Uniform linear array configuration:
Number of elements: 64
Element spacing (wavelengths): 1
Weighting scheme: cosine
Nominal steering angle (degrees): -60
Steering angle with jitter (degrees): -61.705
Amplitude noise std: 0.05
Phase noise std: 0.05

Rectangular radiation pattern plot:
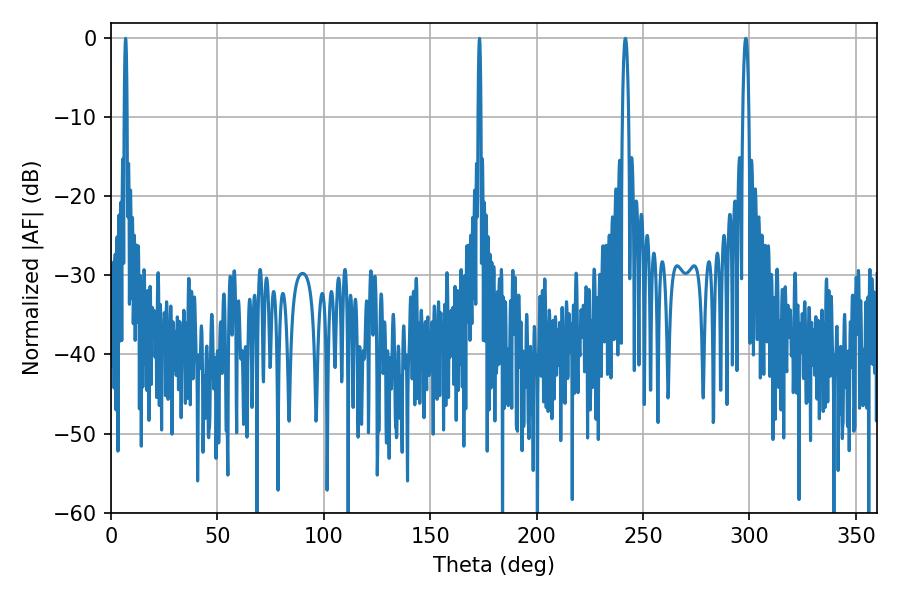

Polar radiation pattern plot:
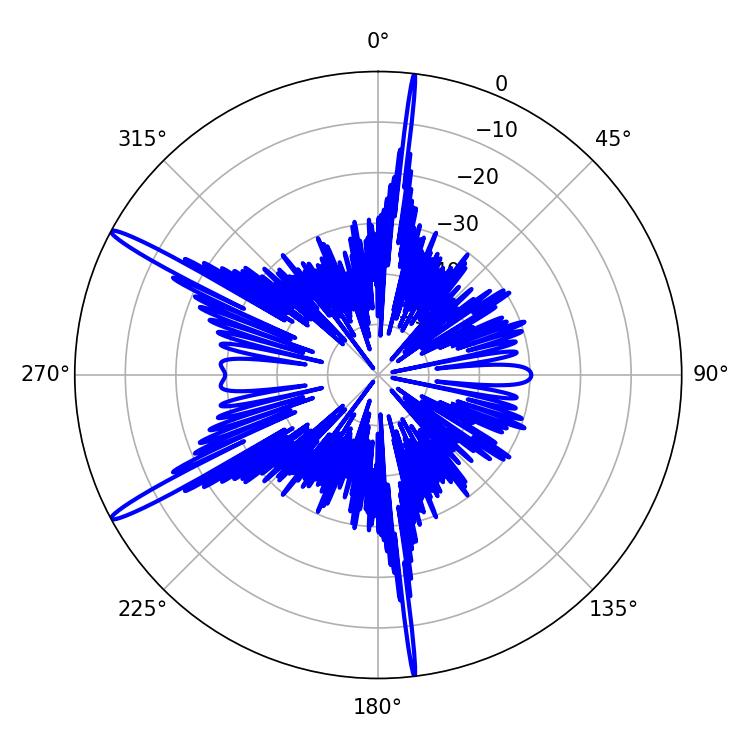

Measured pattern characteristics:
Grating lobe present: TRUE
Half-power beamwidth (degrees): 1.62
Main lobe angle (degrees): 298.26